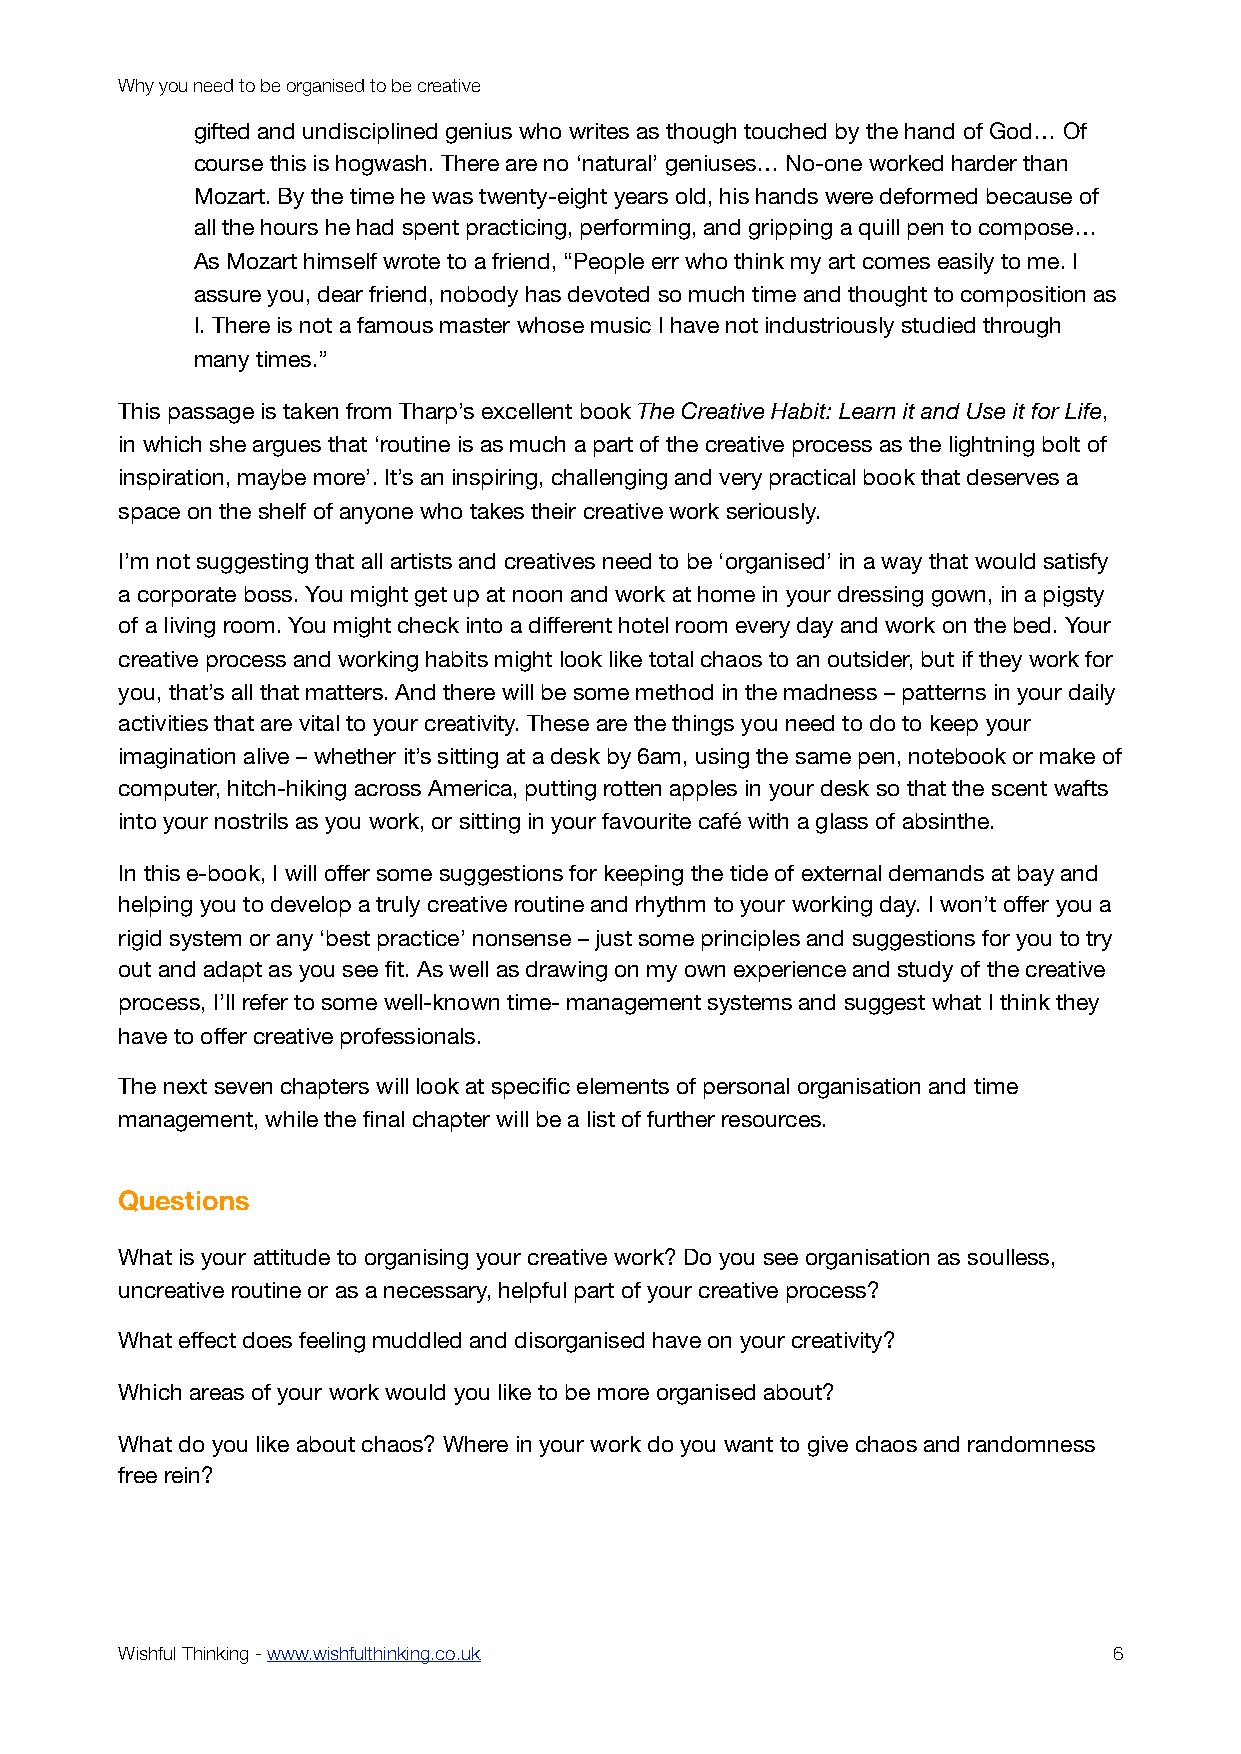
Why you need to be organised to be creative
 gifted and undisciplined genius who writes as though touched by the hand of God… Of
 course this is hogwash. There are no ‘natural’ geniuses… No-one worked harder than
 Mozart. By the time he was twenty-eight years old, his hands were deformed because of
 all the hours he had spent practicing, performing, and gripping a quill pen to compose…
 As Mozart himself wrote to a friend, “People err who think my art comes easily to me. I
 assure you, dear friend, nobody has devoted so much time and thought to composition as
 I. There is not a famous master whose music I have not industriously studied through
 many times.”
 This passage is taken from Tharp’s excellent book The Creative Habit: Learn it and Use it for Life,
 in which she argues that ‘routine is as much a part of the creative process as the lightning bolt of
 inspiration, maybe more’. It’s an inspiring, challenging and very practical book that deserves a
 space on the shelf of anyone who takes their creative work seriously.
 I’m not suggesting that all artists and creatives need to be ‘organised’ in a way that would satisfy
 a corporate boss. You might get up at noon and work at home in your dressing gown, in a pigsty
 of a living room. You might check into a different hotel room every day and work on the bed. Your
 creative process and working habits might look like total chaos to an outsider, but if they work for
 you, that’s all that matters. And there will be some method in the madness – patterns in your daily
 activities that are vital to your creativity. These are the things you need to do to keep your
 imagination alive – whether it’s sitting at a desk by 6am, using the same pen, notebook or make of
 computer, hitch-hiking across America, putting rotten apples in your desk so that the scent wafts
 into your nostrils as you work, or sitting in your favourite café with a glass of absinthe.
 In this e-book, I will offer some suggestions for keeping the tide of external demands at bay and
 helping you to develop a truly creative routine and rhythm to your working day. I won’t offer you a
 rigid system or any ‘best practice’ nonsense – just some principles and suggestions for you to try
 out and adapt as you see fit. As well as drawing on my own experience and study of the creative
 process, I’ll refer to some well-known time- management systems and suggest what I think they
 have to offer creative professionals.
 The next seven chapters will look at specific elements of personal organisation and time
 management, while the final chapter will be a list of further resources.
 Questions
 What is your attitude to organising your creative work? Do you see organisation as soulless,
 uncreative routine or as a necessary, helpful part of your creative process?
 What effect does feeling muddled and disorganised have on your creativity?
 Which areas of your work would you like to be more organised about?
 What do you like about chaos? Where in your work do you want to give chaos and randomness
 free rein?
 Wishful Thinking - www.wishfulthinking.co.uk                      6